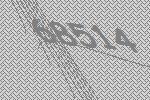
68514